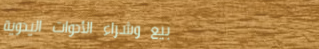
بيع وشراء الأدوات اليدوية